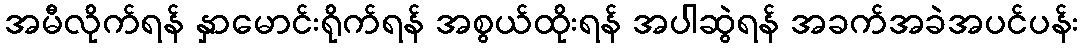
အမီလိုက်ရန် နှာမောင်းရိုက်ရန် အစွယ်ထိုးရန် အပါဆွဲရန် အခက်အခဲအပင်ပန်း